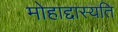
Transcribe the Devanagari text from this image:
मोहाद्दास्यति